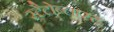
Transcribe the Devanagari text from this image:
स्टैटोब्लास्ट